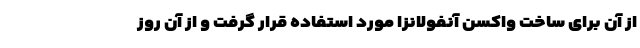
از آن برای ساخت واکسن آنفولانزا مورد استفاده قرار گرفت و از آن روز